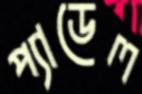
প্যাডেল